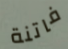
فاتنة